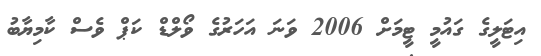
އިޓަލީގެ ގައުމީ ޓީމަށް 2006 ވަނަ އަހަރުގެ ވޯލްޑް ކަޕް ވެސް ކާމިޔާބު